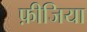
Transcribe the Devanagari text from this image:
फ़ीजिया